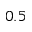
0 . 5